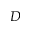
D